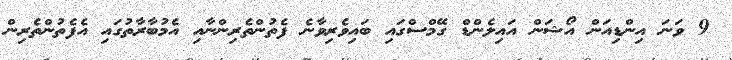
9 ވަނަ އިންޑިއަން އޯޝަން އައިލެންޑް ގޭމްސްގައި ބައިވެރިވާނެ ފެތުންތެރިންނާއި އެމުބާރާތުގައި އެފެތުންތެރިން